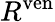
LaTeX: R^{\mathrm{ven}}